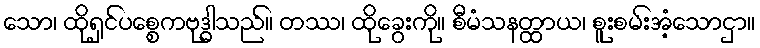
သော၊ ထိုရှင်ပစ္စေကဗုဒ္ဓါသည်။ တဿ၊ ထိုခွေးကို။ စီမံသနတ္ထာယ၊ စူးစမ်းအံ့သောငှာ။